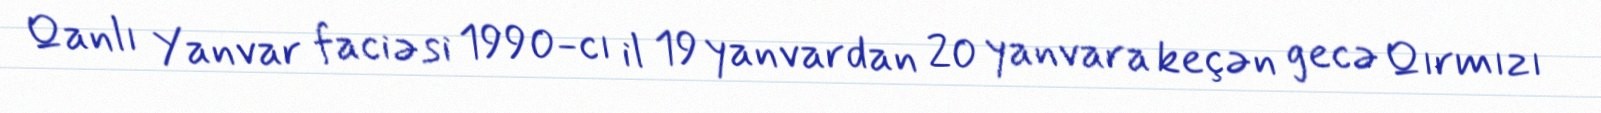
Qanlı Yanvar faciəsi 1990-cı il 19 yanvardan 20 yanvara keçən gecə Qırmızı